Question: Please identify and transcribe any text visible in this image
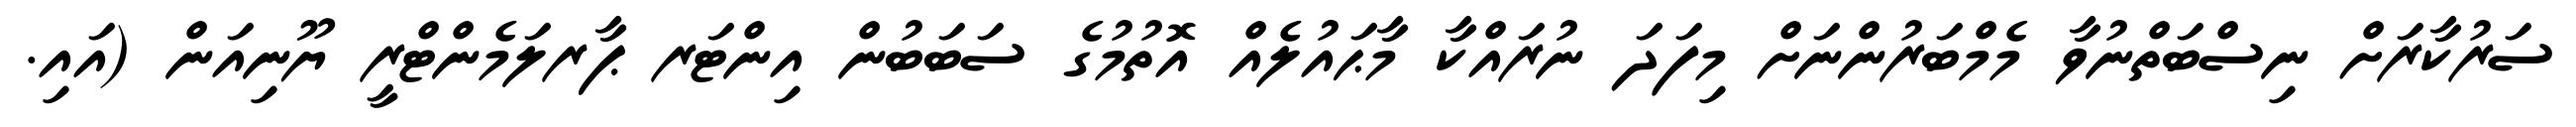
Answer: ސަރުކާރަށް ނިސްބަތްނުވާ މެމްބަރުންނަށް މިފަދަ ނުރައްކާ މާޙައުލެއް އޮތުމުގެ ސަބަބުން އިންޓަރ ޕާރލަމެންޓްރީ ޔޫނިއަން (އައި.